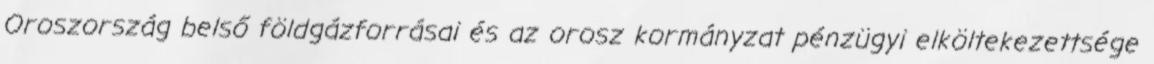
Oroszország belső földgázforrásai és az orosz kormányzat pénzügyi elköltekezettsége